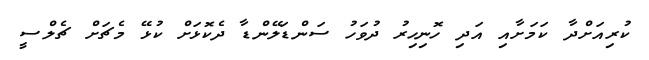
ކުރިއަށްދާ ކަމަށާއި އަދި ހޮނިހިރު ދުވަހު ސަންޑަލޭންޑާ ދެކޮޅަށް ކުޅޭ މެޗަށް ޗެލްސީ